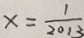
x = \frac { 1 } { 2 0 1 3 }